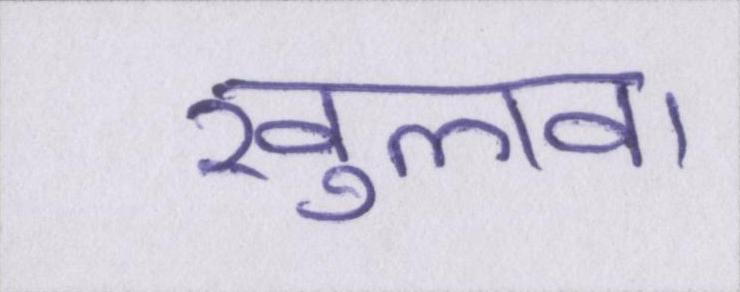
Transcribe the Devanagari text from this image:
खुलवा